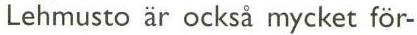
Lehmusto är också mycket för-